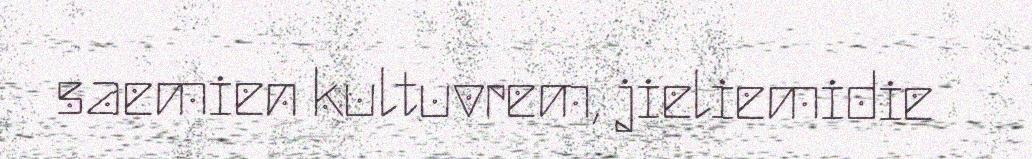
saemien kultuvrem, jieliemidie